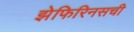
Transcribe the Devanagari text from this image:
झेफिरिनसची